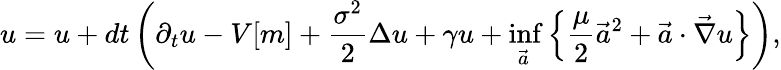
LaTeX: u=u+dt\left(\partial_{t}u-V[m]+\frac{\sigma^{2}}{2}\Delta{u}+\gamma u+\operatorname*{inf}_{\vec{a}}\left\{ \frac{\mu}{2}\vec{a}^{2}+\vec{a}\cdot\vec{\nabla}{u}\right\} \right),